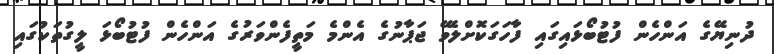
ދުނިޔޭގެ އަންހެން ފުޓުބޯޅައިގައި ފާހަގަކޮށްލެވޭ ޖަޕާނުގެ އެންމެ މަތީފެންވަރުގެ އަންހެން ފުޓުބޯޅަ ލީގުތަކުގައި